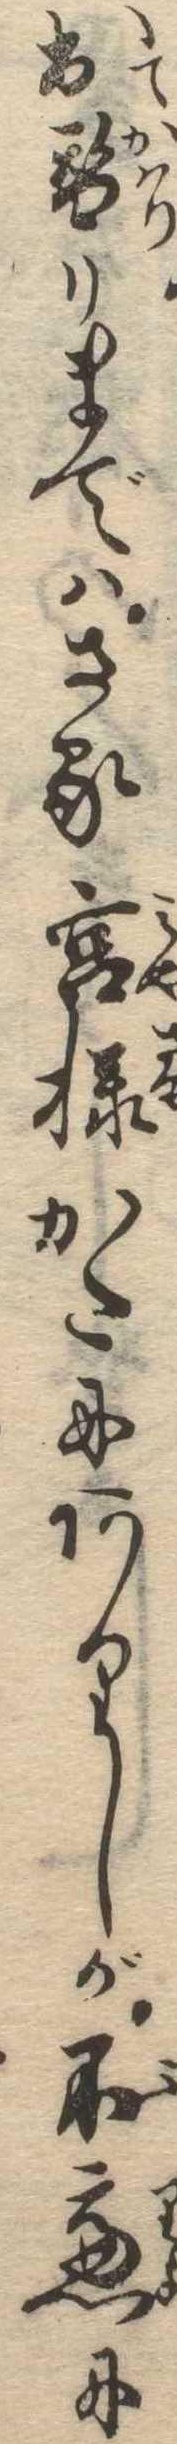
出替りまではさる宮様かたにありしが不慮に